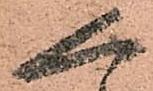
人